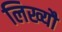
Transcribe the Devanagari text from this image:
लिख्यौ